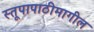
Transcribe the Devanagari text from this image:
स्तूपापाठीमागील